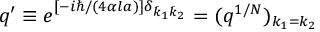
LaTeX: q ^ { \prime } \equiv e ^ { [ - i \hbar / ( 4 \alpha l a ) ] \delta _ { \bar { k } _ { 1 } \bar { k } _ { 2 } } } = ( q ^ { 1 / N } ) _ { k _ { 1 } = k _ { 2 } }